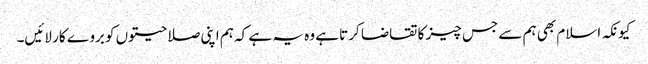
کیونکہ اسلام بھی ہم سے جس چیز کا تقاضا کرتا ہے وہ یہ ہے کہ ہم اپنی صلاحیتوں کو بروے کار لائیں۔